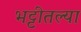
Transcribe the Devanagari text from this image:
भट्टीतल्या